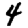
Digit: 4